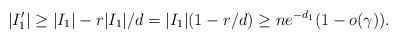
LaTeX: \begin{align*} |I_1'| \ge |I_1| - r|I_1|/d = |I_1|(1-r/d) \ge n e^{-d_1} ( 1-o(\gamma)).\end{align*}